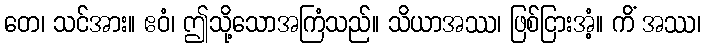
တေ၊ သင်အား။ ဧဝံ၊ ဤသို့သောအကြံသည်။ သိယာအဿ၊ ဖြစ်ငြားအံ့။ ကိံ အဿ၊